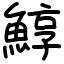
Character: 鯙